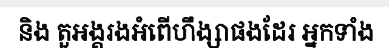
និង តួអង្គរងអំពើហឹង្សាផងដែរ អ្នកទាំង